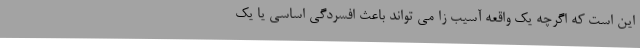
این است که اگرچه یک واقعه آسیب زا می تواند باعث افسردگی اساسی یا یک